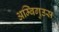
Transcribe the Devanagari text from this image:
अम्बिगुउस